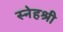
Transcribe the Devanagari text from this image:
स्नेहश्री